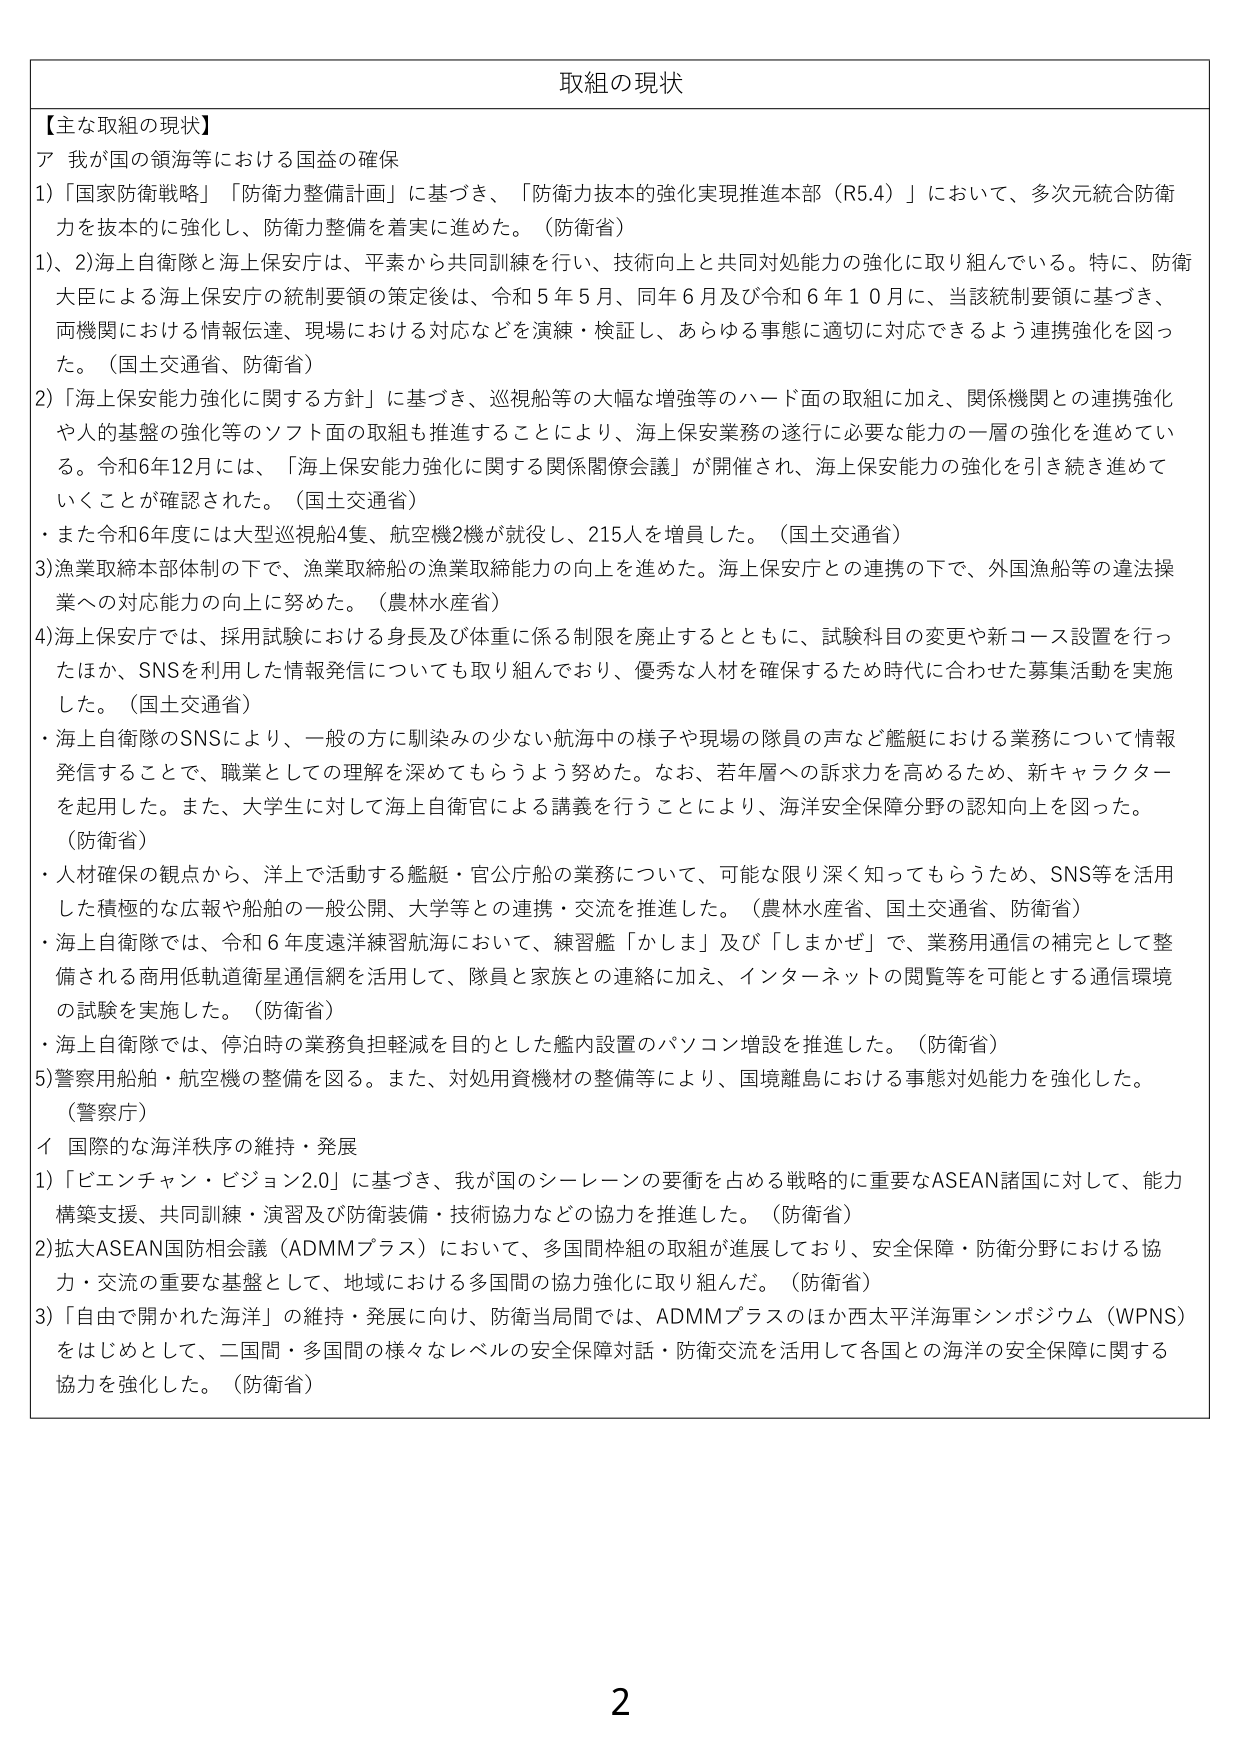
取組の現状

【主な取組の現状】
ア 我が国の領海等における国益の確保
1)「国家防衛戦略」「防衛力整備計画」に基づき、「防衛力抜本的強化実現推進本部（R5.4）」において、多次元統合防衛力を抜本的に強化し、防衛力整備を着実に進めた。（防衛省）
1)、2)海上自衛隊と海上保安庁は、平素から共同訓練を行い、技術向上と共同対処能力の強化に取り組んでいる。特に、防衛大臣による海上保安庁の統制要領の策定後は、令和5年5月、同年6月及び令和6年10月に、当該統制要領に基づき、両機関における情報伝達、現場における対応などを演練・検証し、あらゆる事態に適切に対応できるよう連携強化を図った。（国土交通省、防衛省）
2)「海上保安能力強化に関する方針」に基づき、巡視船等の大幅な増強等のハード面の取組に加え、関係機関との連携強化や人的基盤の強化等のソフト面の取組も推進することにより、海上保安業務の遂行に必要な能力の一層の強化を進めている。令和6年12月には、「海上保安能力強化に関する関係閣僚会議」が開催され、海上保安能力の強化を引き続き進めていくことが確認された。（国土交通省）
・また令和6年度には大型巡視船4隻、航空機2機が就役し、215人を増員した。（国土交通省）
3)漁業取締本部体制の下で、漁業取締船の漁業取締能力の向上を進めた。海上保安庁との連携の下で、外国漁船等の違法操業への対応能力の向上に努めた。（農林水産省）
4)海上保安庁では、採用試験における身長及び体重に係る制限を廃止するとともに、試験科目の変更や新コース設置を行ったほか、SNSを利用した情報発信についても取り組んでおり、優秀な人材を確保するため時代に合わせた募集活動を実施した。（国土交通省）
・海上自衛隊のSNSにより、一般の方に馴染みの少ない航海中の様子や現場の隊員の声など艦艇における業務について情報発信することで、職業としての理解を深めてもらうよう努めた。なお、若年層への訴求力を高めるため、新キャラクターを起用した。また、大学生に対して海上自衛官による講義を行うことにより、海洋安全保障分野の認知向上を図った。（防衛省）
・人材確保の観点から、洋上で活動する艦艇・官公庁船の業務について、可能な限り深く知ってもらうため、SNS等を活用した積極的な広報や船舶の一般公開、大学等との連携・交流を推進した。（農林水産省、国土交通省、防衛省）
・海上自衛隊では、令和6年度遠洋練習航海において、練習艦「かしま」及び「しまかぜ」で、業務用通信の補完として整備される商用低軌道衛星通信網を活用して、隊員と家族との連絡に加え、インターネットの閲覧等を可能とする通信環境の試験を実施した。（防衛省）
・海上自衛隊では、停泊時の業務負担軽減を目的とした艦内設置のパソコン増設を推進した。（防衛省）
5)警察用船舶・航空機の整備を図る。また、対処用資機材の整備等により、国境離島における事態対処能力を強化した。（警察庁）
イ 国際的な海洋秩序の維持・発展
1)「ビエンチャン・ビジョン2.0」に基づき、我が国のシーレーンの要衝を占める戦略的に重要なASEAN諸国に対して、能力構築支援、共同訓練・演習及び防衛装備・技術協力などの協力を推進した。（防衛省）
2)拡大ASEAN国防相会議（ADMMプラス）において、多国間枠組の取組が進展しており、安全保障・防衛分野における協力・交流の重要な基盤として、地域における多国間の協力強化に取り組んだ。（防衛省）
3)「自由で開かれた海洋」の維持・発展に向け、防衛当局間では、ADMMプラスのほか西太平洋海軍シンポジウム（WPNS）をはじめとして、二国間・多国間の様々なレベルの安全保障対話・防衛交流を活用して各国との海洋の安全保障に関する協力を強化した。（防衛省）

2